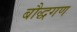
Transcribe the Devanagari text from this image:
बौद्धगण